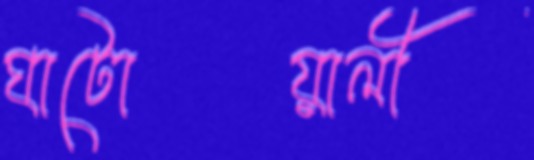
ঘাটোয়ালী